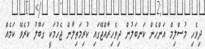
ދިވެހި މުސްލިމް އަންހެން ކަނބަލުން ދިވެހިރާއްޖޭގައި ކުރިމަތިލާން ޖެހުމަކީ ގަބޫލު ކުރެވޭ ކަމެއް